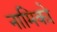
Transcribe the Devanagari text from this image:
नामिको